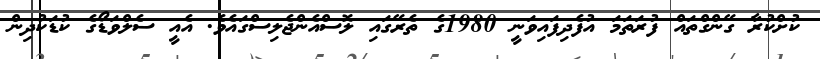
ކުށްކުރާ ގޭންގްތައް ފުރަތަމަ އުފެދިފައިވަނީ 1980ގެ ތެރޭގައި ލޮސްއެންޖެލިސްގައެވެ. އެއީ ސެލްވަޑޯގެ ކުޑަކުދިން